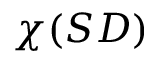
\chi ( S D )